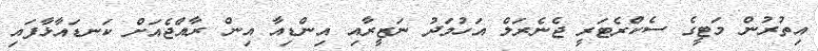
އިތުރުން މަޓީގެ ސެކްރެޓަރީ ޖެނެރަލް އަހުމަދު ނަޒީރާއި އިންޑިއާ އިން ރާއްޖެއަށް ކަނޑައާޅާފައި